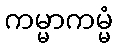
ကမ္မာကမ္မံ